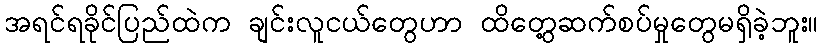
အရင်ရခိုင်ပြည်ထဲက ချင်းလူငယ်တွေဟာ ထိတွေ့ဆက်စပ်မှုတွေမရှိခဲ့ဘူး။